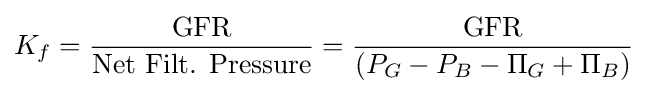
K_{f}={\frac {\textrm {GFR}}{\text{Net Filt. Pressure}}}={\frac {\textrm {GFR}}{(P_{G}-P_{B}-\Pi _{G}+\Pi _{B})}}